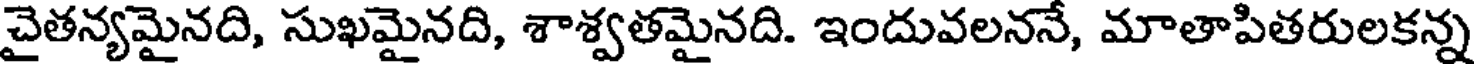
చైతన్యమైనది, సుఖమైనది, శాశ్వతమైనది. ఇందువలననే, మాతాపితరులకన్న